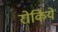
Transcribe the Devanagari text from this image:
रोकिये